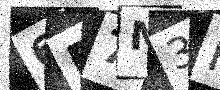
Text: 6P7M3M